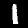
Label: 1